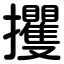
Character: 攫